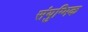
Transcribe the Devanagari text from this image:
संयुग्मिक